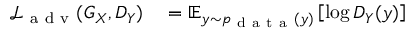
\begin{array} { r l } { \mathcal { L } _ { \mathrm { ~ a ~ d ~ v ~ } } ( G _ { X } , D _ { Y } ) } & { { } = \mathbb { E } _ { y \sim p _ { \mathrm { ~ d ~ a ~ t ~ a ~ } } ( y ) } \left[ \log D _ { Y } ( y ) \right] } \end{array}